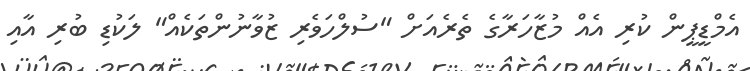
އެމްޑީޕީން ކުރި އެއް މުޒާހަރާގެ ތެރެއަށް "ސުލްހަވެރި ޒުވާނުންތަކެއް" ލަކުޑި ބުރި އާއި